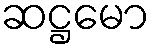
ဆဋ္ဌမော